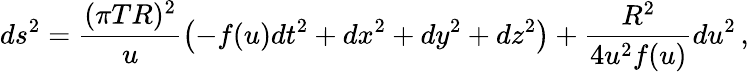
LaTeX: ds^{2}=\frac{(\pi TR)^{2}}u\left(-f(u)dt^{2}+dx^{2}+dy^{2}+dz^{2}\right)+{\frac{R^{2}}{4u^{2}f(u)}}du^{2}\, ,